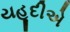
યહૂદીએ